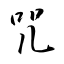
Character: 咒